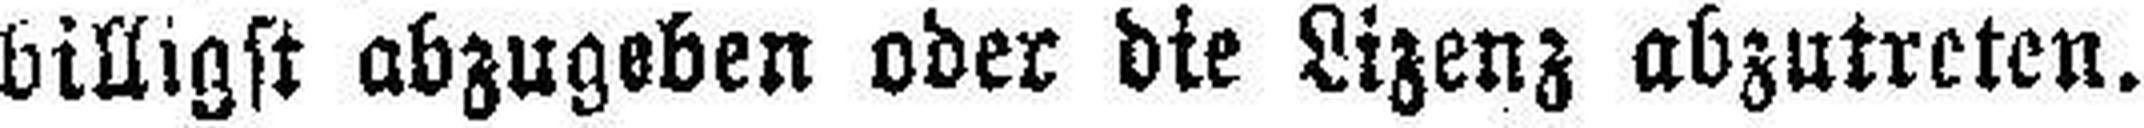
billigst abzugeben oder die Lizenz abzutreten.